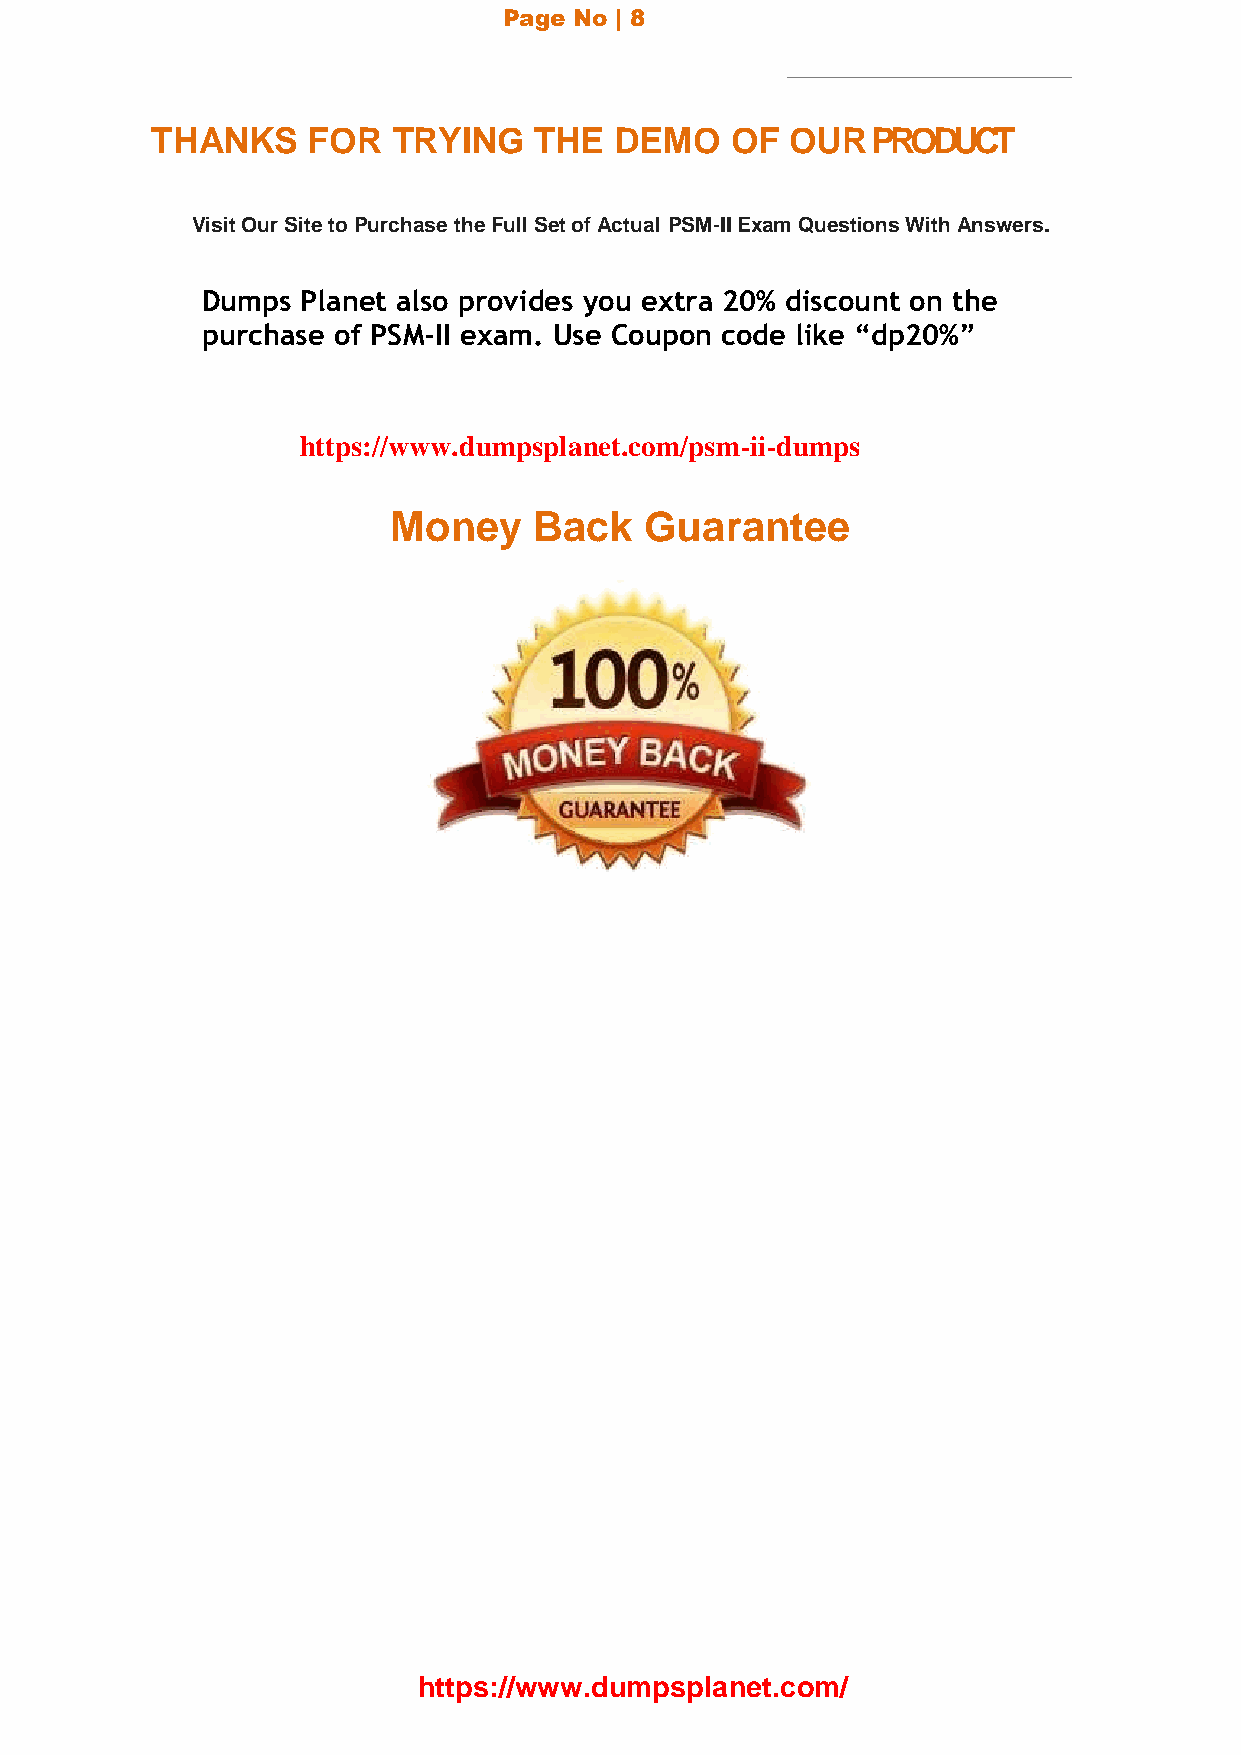
Page No | 8
 THANKS    FOR   TRYING   THE   DEMO   OF  OUR   PRODUCT
 Visit Our Site to Purchase the Full Set of Actual PSM-II Exam Questions With Answers.
 Dumps  Planet also provides you extra 20% discount on the
 purchase of PSM-II exam. Use Coupon code like “dp20%”
 https://www.dumpsplanet.com/psm-ii-dumps
 Money    Back    Guarantee
 https://www.dumpsplanet.com/